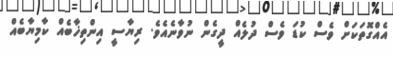
އެއްގޮތަކަށް ވެސް ކުޑަ ވެސް ދުލެއް ދީގެން ނުވާނެއެވެ. ރިޔާސީ އިންތިޚާބެއް ކާމިޔާބެއް